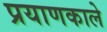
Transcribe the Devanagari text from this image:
प्रयाणकाले